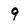
Character: 9